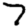
Digit: 7